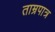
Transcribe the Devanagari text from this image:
ताम्रपात्र